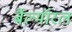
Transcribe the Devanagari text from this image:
बैल्मॉरल